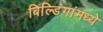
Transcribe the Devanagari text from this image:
बिल्डिंगांमध्ये